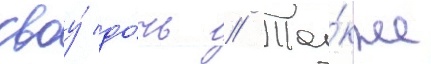
своу́ до́чь // Та́кже